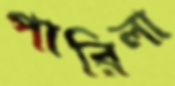
পারিলা